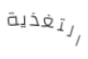
التغذية